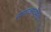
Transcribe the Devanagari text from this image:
समाजरचनेचे